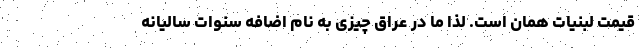
قیمت لبنیات همان است. لذا ما در عراق چیزی به نام اضافه سنوات سالیانه